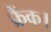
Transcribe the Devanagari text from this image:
फ्रैंक।